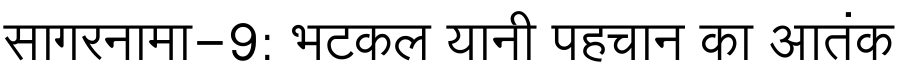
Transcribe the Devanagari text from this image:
सागरनामा-9: भटकल यानी पहचान का आतंक